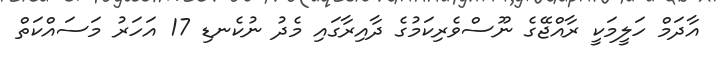
އާދަމް ހަލީމަކީ ރާއްޖޭގެ ނޫސްވެރިކަމުގެ ދާއިރާގައި މެދު ނުކެނޑި 17 އަހަރު މަސައްކަތް